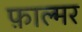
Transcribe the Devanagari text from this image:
फ़ाल्मर